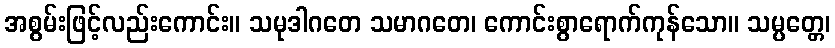
အစွမ်းဖြင့်လည်းကောင်း။ သမုဒါဂတေ သမာဂတေ၊ ကောင်းစွာရောက်ကုန်သော။ သမ္ပတ္တေ၊